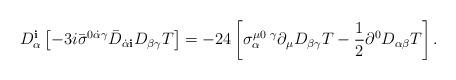
LaTeX: \begin{align*}D^{\mathbf i}_\alpha \left[ - 3 i{\bar\sigma}^{0\dot\alpha\gamma} {\bar D}_{\dot\alpha {\mathbf i}} D_{\beta\gamma} T \right] = -24\left[ \sigma^{\mu 0\,\,\gamma}_\alpha \partial_\mu D_{\beta\gamma} T - \frac{1}{2}\partial^0 D_{\alpha\beta} T\right].\end{align*}